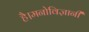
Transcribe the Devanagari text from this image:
है।मनोविज्ञानी